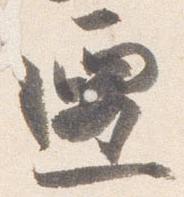
遷